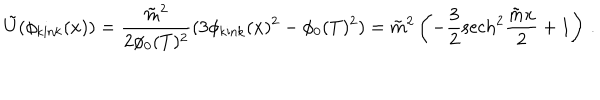
\tilde { U } ( \phi _ { \mathrm { k i n k } } ( x ) ) = \frac { \tilde { m } ^ { 2 } } { 2 \phi _ { 0 } ( T ) ^ { 2 } } ( 3 \phi _ { \mathrm { k i n k } } ( x ) ^ { 2 } - \phi _ { 0 } ( T ) ^ { 2 } ) = \tilde { m } ^ { 2 } \left( - \frac { 3 } { 2 } \mathrm { s e c h } ^ { 2 } \frac { \tilde { m } x } { 2 } + 1 \right) \, .